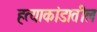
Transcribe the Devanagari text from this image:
हत्याकांडातील